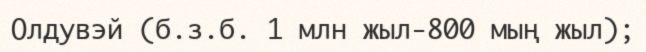
Олдувэй (б.з.б. 1 млн жыл-800 мың жыл);